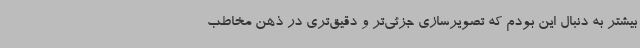
بیشتر به دنبال این بودم که تصویرسازی جزئی‌تر و دقیق‌تری در ذهن مخاطب